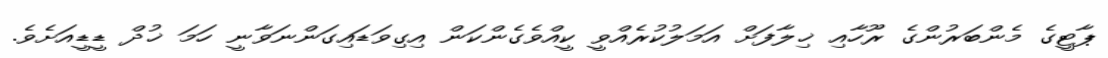
ޕާޓީގެ މެންބަރުންގެ ރޫހާއި ޚިލާފަށް އަމަލުކުރެއްވީ ކީއްވެގެންކަން އިގިވަޑައިގަންނަވާނީ ހަމަ ޚުދް ޑީޑީއަށެވެ.